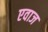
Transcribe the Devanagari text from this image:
एवाज